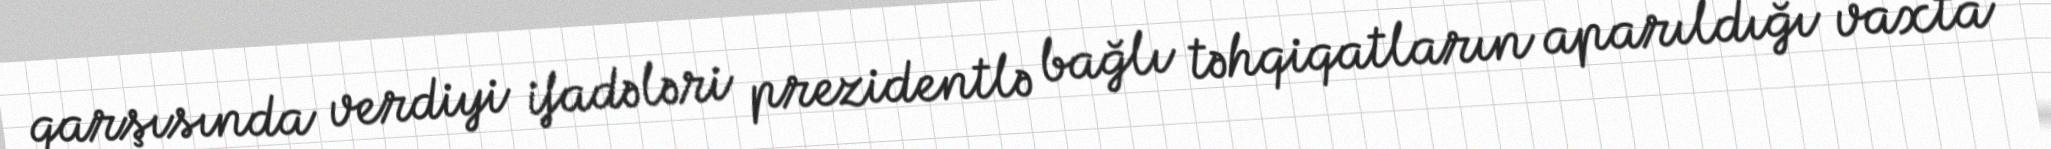
qarşısında verdiyi ifadələri prezidentlə bağlı təhqiqatların aparıldığı vaxta